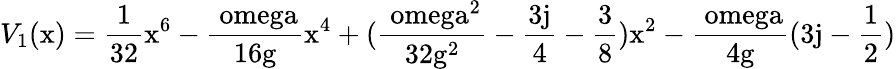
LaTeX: V_{1}(\mathrm{x)=\frac{1}{32}\mathrm{x^{6}-\frac{\ omega}{16\mathrm{g}}\mathrm{x^{4}+(\frac{\ omega^{2}}{32\mathrm{g^{2}}}-\frac{3j}{4}-\frac{3}{8})\mathrm{x^{2}-\frac{\ omega}{4\mathrm{g}}(3j-\frac{1}{2})}}}}